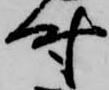
時